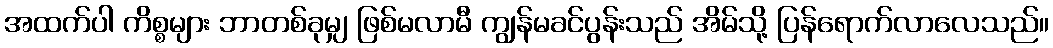
အထက်ပါ ကိစ္စများ ဘာတစ်ခုမျှ ဖြစ်မလာမီ ကျွန်မခင်ပွန်းသည် အိမ်သို့ ပြန်ရောက်လာလေသည်။